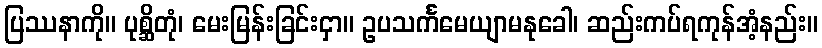
ပြဿနာကို။ ပုစ္ဆိတုံ၊ မေးမြန်းခြင်းငှာ။ ဥပသင်္ကမေယျာမနုခေါ၊ ဆည်းကပ်ရကုန်အံ့နည်း။